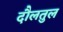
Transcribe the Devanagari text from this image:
दौलतुल